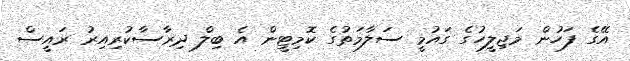
އޭގެ ފަހުން މަޖިލީހުގެ ގައުމީ ސަލާމަތުގެ ކޮމިޓީން އެ ބިލް ދިރާސާކުރިއިރު ރައީސް